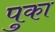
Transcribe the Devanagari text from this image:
पुका